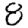
Digit: 8